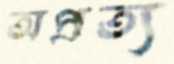
অপ্রত্য